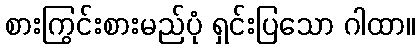
စားကြွင်းစားမည်ပုံ ရှင်းပြသော ဂါထာ။